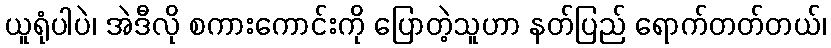
ယူရုံပါပဲ၊ အဲဒီလို စကားကောင်းကို ပြောတဲ့သူဟာ နတ်ပြည် ရောက်တတ်တယ်၊